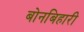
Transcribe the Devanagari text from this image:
बोनबिहारी